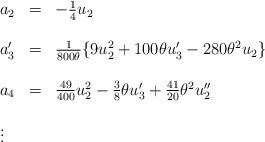
\begin{align*}\begin{array}{lcl}a_2&=&-\frac{1}{4}u_2\\\\a'_3&=&\frac {1}{800\theta}\{ 9u_{2}^{2}+100\theta u'_3-280{\theta}^{2}u_2\} \\\\a_4&=&\frac {49}{400}u_{2}^{2}-\frac{3}{8}\theta u'_3+\frac{41}{20}{\theta}^{2}u''_2 \\\\\vdots\end{array}\end{align*}